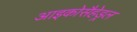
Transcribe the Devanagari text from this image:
आइकोसैहेड्रल